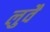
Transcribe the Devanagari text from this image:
लुवैं